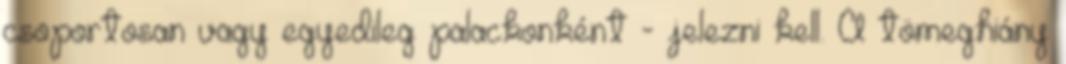
csoportosan vagy egyedileg palackonként - jelezni kell. A tömeghiány